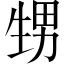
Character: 甥